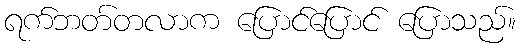
ရက်ဘတ်တလာက ပြောင်ပြောင် ပြောသည်။